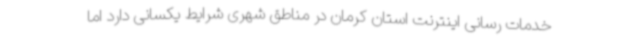
خدمات رسانی اینترنت استان کرمان در مناطق شهری شرایط یکسانی دارد اما